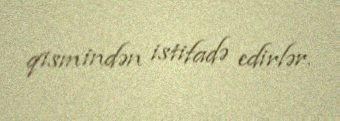
qismindən istifadə edirlər.